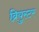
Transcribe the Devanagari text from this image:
ब्रियुस्टर